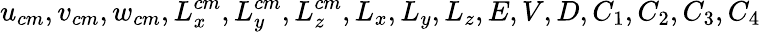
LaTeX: u_{cm},v_{cm},w_{cm},L_{x}^{cm},L_{y}^{cm},L_{z}^{cm},L_{x},L_{y},L_{z},E,V,D,C_{1},C_{2},C_{3},C_{4}